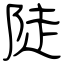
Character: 陡